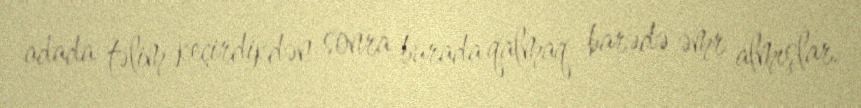
adada təlim keçirdikdən sonra burada qalmaq barədə əmr almışlar.